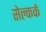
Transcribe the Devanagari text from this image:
सेल्कर्क